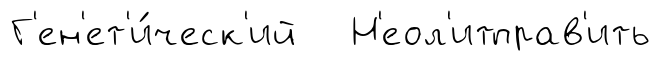
Г'ен'ет'и́ческ'ий Н'еол'итправ'ить